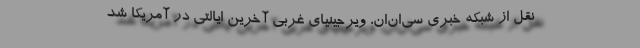
نقل از شبکه خبری سی‌ان‌ان، ویرجینیای غربی آخرین ایالتی در آمریکا شد